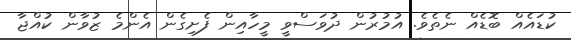
ކުޑައެއް ބޮޑެއް ނެތެވެ. އުމުރުން ދުވަސްވީ މީހާއިން ފެށިގެން އެންމެ ޒުވާން ކުއްޖާ